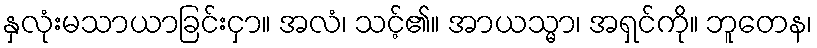
နှလုံးမသာယာခြင်းငှာ။ အလံ၊ သင့်၏။ အာယသ္မာ၊ အရှင်ကို။ ဘူတေန၊